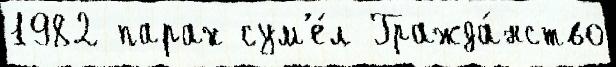
1982 парах сум'е́л Гражда́нство